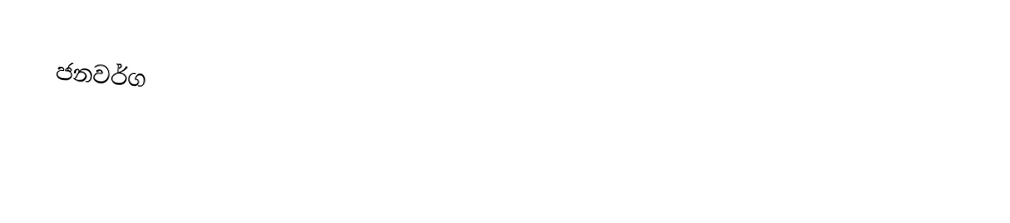
ජනවර්ග